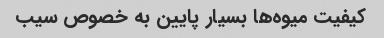
کیفیت میوه‌ها بسیار پایین به خصوص سیب